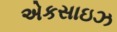
એકસાઇઝ